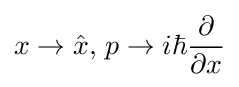
x\to {\hat {x}},\,p\to i\hbar {\frac {\partial }{\partial x}}